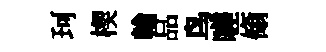
珂楔輪品鸟嗟翛